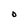
Character: D